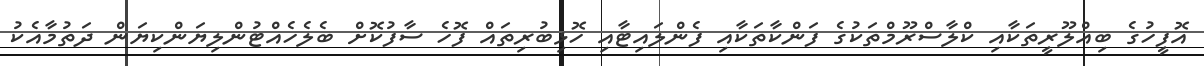
އޮފީހުގެ ބިއްލޫރީތަކާއި ކްލާސްރޫމްތަކުގެ ފަންކާތަކާއި ފެންލައިޓާއި ހޮޅިބުރިތައް ފޮހެ ސާފުކޮށް ބެލެހެއްޓުންލިޔަންކިޔަން ދަތުމާއެކު